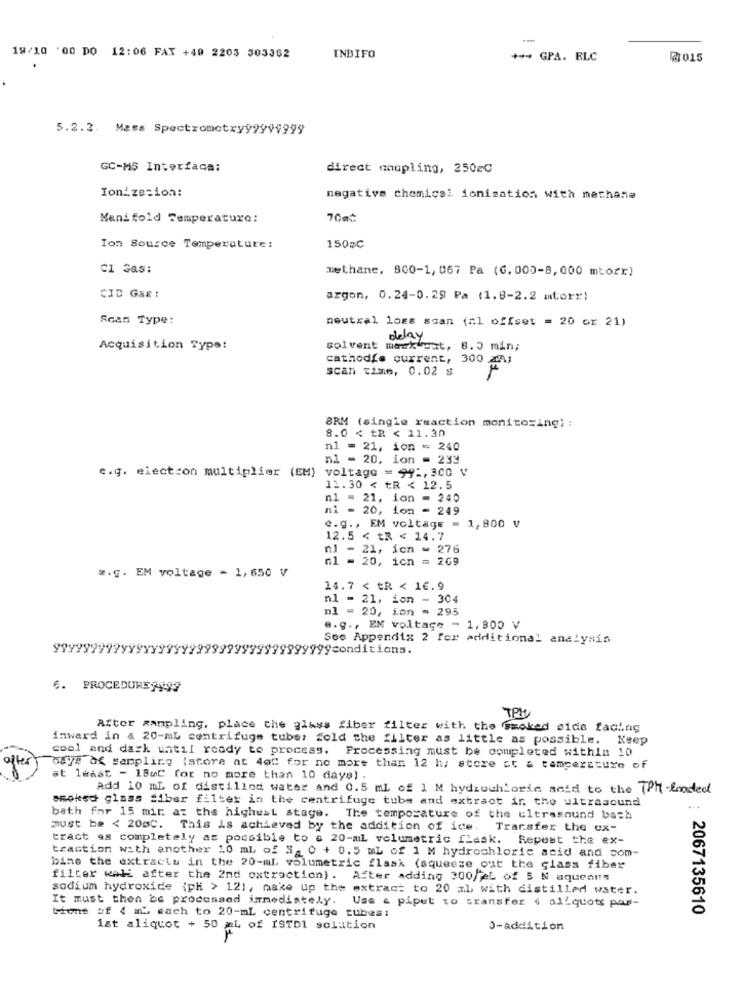
-
19/10 '00 DO 12:06 FAX +49 2203 303362
INBIFO
+++ GPA. BLC
21015
5.2.2. Mass Spectrometry99999999
GC-MS Interface:
direct noupling, 250e℃
Ionization:
negative chemical ionization with mechane
Manifold Temperature:
70mč
Ion Source Temperature:
150øC
CI Gas:
methane, SCO-1, 067 Pa (G, 000-8,000 mtorr)
CID GRE!
argon, 0.24-0.29 Pa (1.8-2.2 mtorr)
Scan Type:
neutral logs scan (Al offset = 20 or 21)
delay
Acquisition Type:
solvent mark ost, 8.5 min;
cathodfe current, 300 an;
scan time, 0.02 s
8.0 < tR < 11.30
BRM (single reaction monitoring) :
n1 = 21, ion = 240
n1 - 20, ion = 233
e.g. electron multiplier (EM) voltage = 941, 300 V
12.30 < tR < 12.5
nl = 21, ion = 240
ni - 20, ion - 249
e.g ., EM voltage = 1, 800 V
12.5 < tR < 14.7
nl - 21, jon = 276
nl = 20, icn = 269
#.G. EM voltage = 1,650 V
14.7 < tR < 16.9
nl - 21, ion - 304
Dl = 20, ion = 295
e.g ., EM voltage - 1, 800 V
See Appendix 2 for additional analysis
99
yyyyconditions.
6. PROCEDURE9989
TPM
After sampling, place the glass fiber filter with the smoked side fachas
inward in & 20-mL centrifuge tuber fold the filter as little as possible. Keep
cool and dark until ready to process. Processing must be completed within 10
ofte
alye of sampling (store at 400 for no more than 12 h, store at a temperature of
at least - 18wC for no more than 10 days) .
Add 10 ml of distilled water and 0.5 ml of 1 M hydrochloric acid to the TPh -fooded
smoked glass fiber filter in the centrifuge tube and extract in the ultrasound
bath for 15 mit a: the highest stage. The temperature of the ultrasound both
must be < 205C. This is achieved by the addition of ice. Transfer the ex-
tract as completely as possible to e 20-ml volumetric flask. Repeat the ex-
traction with another 10 ml of #_ 0 + 0.5 mL of 1 M hydrochloric acid and com-
bine the extracts in the 20-ml volumetric flask (squeeze out the glass fiber
filter wali after the 2nd extraction). After adding 300/jeL of 5 N aqueous
sodium hydroxide iph > 121, make up the extract to 20 ml with distilled water.
It must then be processed immediately.
Use & pipet to sransfer ( allquots pas-
2067135610
tione of 4 mb each to 20-mL centrifuge tubes:
1st aliquot + 50 ml of ISTDI solation
0-addition